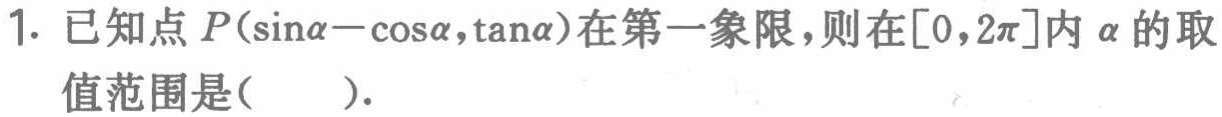
1. 已知点\(P(\sin\alpha - \cos\alpha,\tan\alpha)\)在第一象限，则在\([0,2\pi]\)内\(\alpha\)的取值范围是(  ).